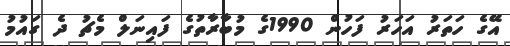
އޭގެ ހަތަރު އަހަރު ފަހުން 1990ގެ މުބާރާތުގެ ފައިނަލް މެޗު ދެ ގައުމު